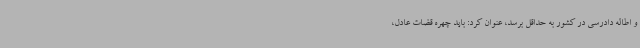
و اطاله دادرسی در کشور به حداقل برسد، عنوان کرد: باید چهره قضات عادل،